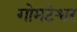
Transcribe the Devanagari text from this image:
गोमटेश्वर